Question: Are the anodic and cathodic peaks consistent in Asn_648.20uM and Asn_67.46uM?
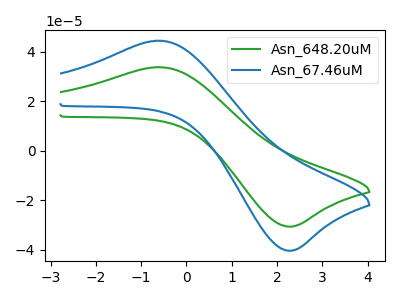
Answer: <think>The green curve "Asn_648.20uM" has an anodic peak at (-0.55V, 33.75uA) and a cathodic peak at (2.25V, -30.65uA). The blue curve "Asn_67.46uM" has an anodic peak at (-0.55V, 44.45uA) and a cathodic peak at (2.25V, -40.35uA).</think>
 <answer>Yes, "Asn_648.20uM" have a peak in "Asn_67.46uM" at the same potential.</answer>
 <eval>match</eval>